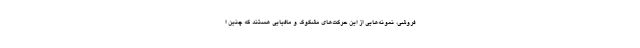
فروشی، نمونه‌هایی از این حرکت‌های مشکوک و مافیایی هستند که چنین ا